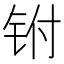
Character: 𰽮